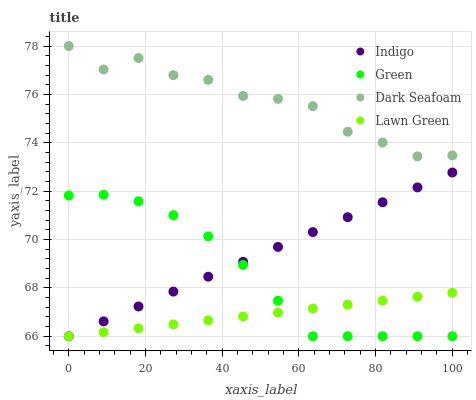
| xaxis_label | Indigo | Green | Dark Seafoam | Lawn Green |
 | --- | --- | --- | --- | --- |
 | 0 | 66 | 71.8 | 78 | 66 |
 | 9.09 | 66.6 | 71.9 | 77 | 66.2 |
 | 18.2 | 67.2 | 71.6 | 77.5 | 66.3 |
 | 27.3 | 67.8 | 71 | 76.8 | 66.5 |
 | 36.4 | 68.5 | 70.1 | 76.6 | 66.7 |
 | 45.5 | 69.1 | 69 | 75.9 | 66.8 |
 | 54.5 | 69.7 | 67.5 | 75.8 | 67 |
 | 63.6 | 70.3 | 66 | 75.5 | 67.1 |
 | 72.7 | 70.9 | 66 | 74.5 | 67.3 |
 | 81.8 | 71.5 | 66 | 74 | 67.5 |
 | 90.9 | 72.2 | 66 | 73.4 | 67.6 |
 | 100 | 72.8 | 66 | 73.5 | 67.8 |